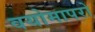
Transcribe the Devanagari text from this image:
वयोमापरो